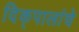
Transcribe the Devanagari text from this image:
दिक्‌पालांचे